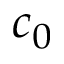
c _ { 0 }